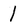
Character: I